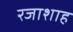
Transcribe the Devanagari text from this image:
रजाशाह